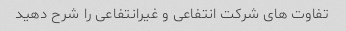
تفاوت های شرکت انتفاعی و غیرانتفاعی را شرح دهید